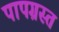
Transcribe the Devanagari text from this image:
पापग्रस्त